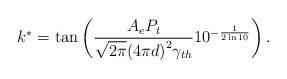
LaTeX: \begin{align*}{k^*} = \tan \left( {\frac{{{A_e}{P_t}}}{{\sqrt {2\pi } {{\left( {4\pi d} \right)}^2}{\gamma _{th}}}}{{10}^{ - \frac{1}{{2\ln 10}}}}} \right).\end{align*}